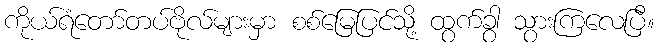
ကိုယ်ရံတော်တပ်ဗိုလ်များမှာ စစ်မြေပြင်သို့ ထွက်ခွာ သွားကြလေပြီ။